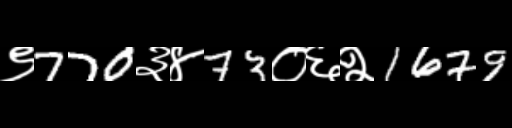
Text: ९770३४73०६२1679